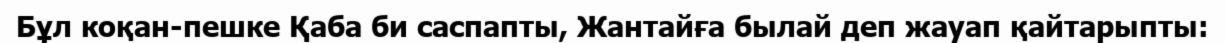
Бұл коқан-пешке Қаба би саспапты, Жантайға былай деп жауап қайтарыпты: